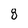
Character: 8